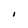
Character: I